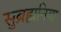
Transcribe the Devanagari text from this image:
सुब्रह्मनिया